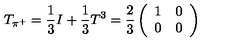
T _ { \pi ^ { + } } = \frac 1 3 I + \frac 1 3 T ^ { 3 } = \frac 2 3 \left( \begin{array} { l l } { 1 } & { 0 } \\ { 0 } & { 0 } \\ \end{array} \right)